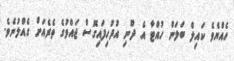
ހެއްޔެވެ ކައިލް ބަލަން ހުއްޓާ އެ ދޫނި އުދުހިފައިގޮސް ޖައްވުގެ ތެރެއަށް ގެއްލުނެވެ.